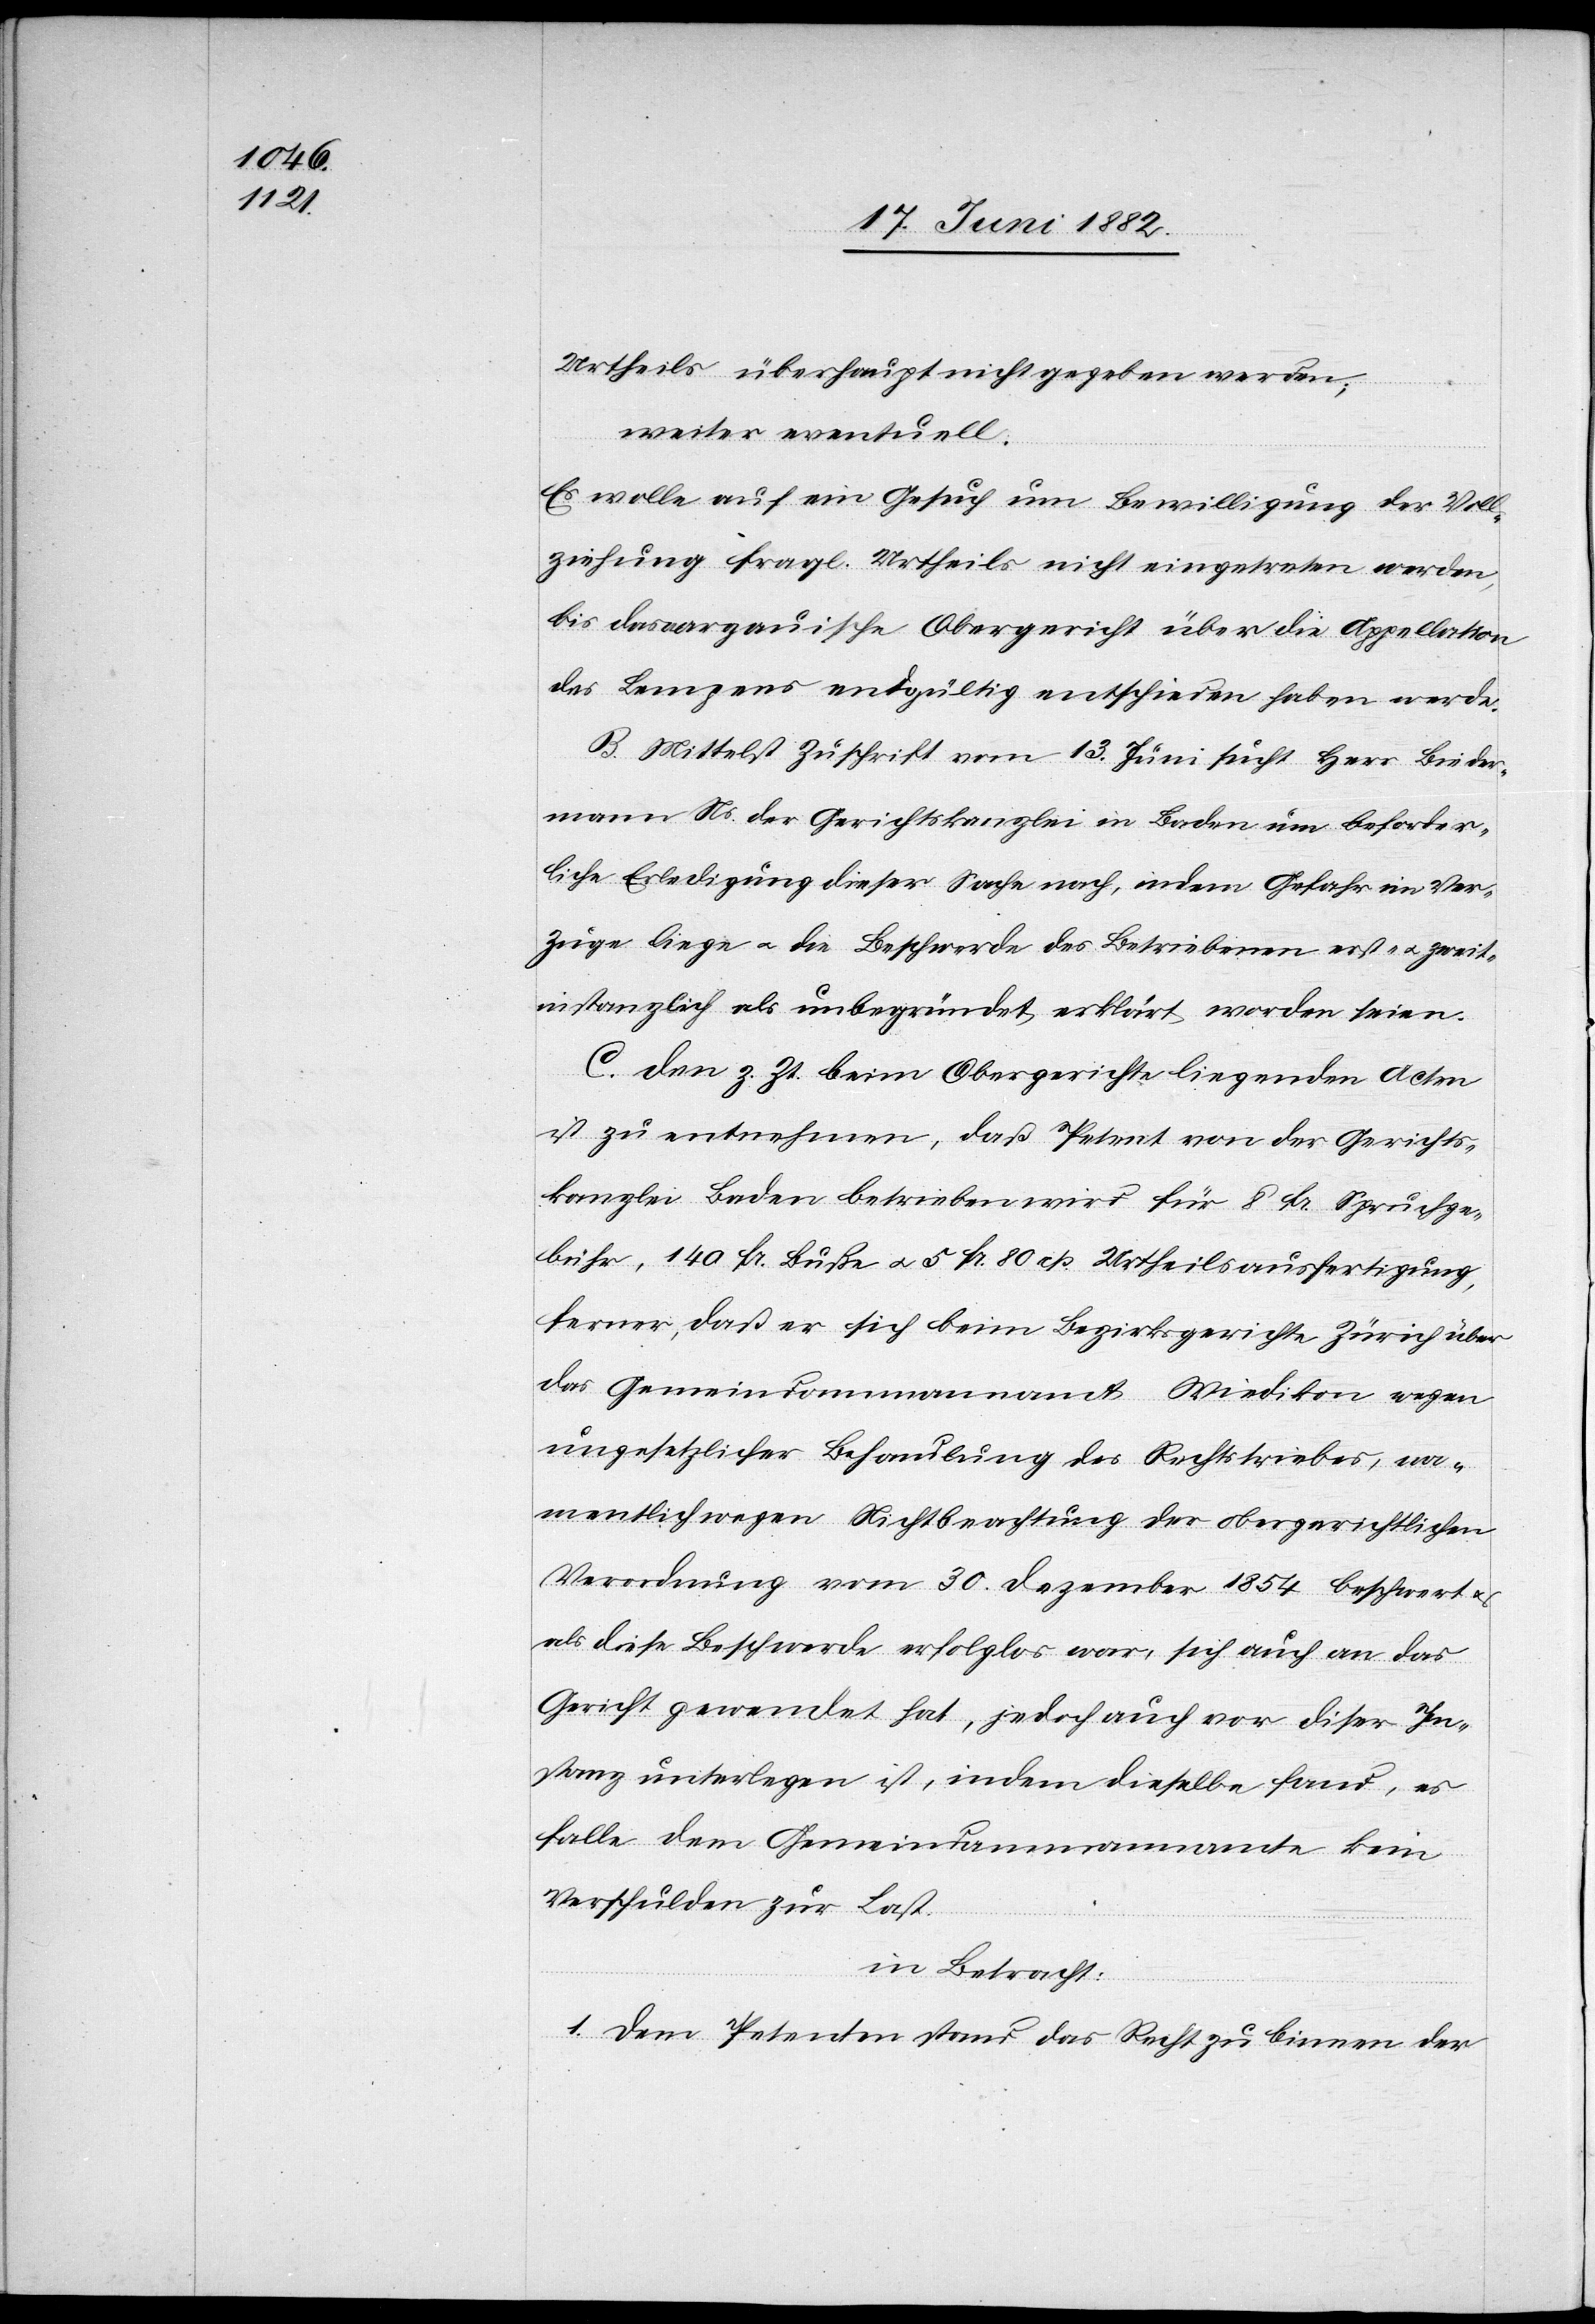
Urtheils überhaupt nicht gegeben werden;
weiter eventuell:
Es wolle auf ein Gesuch um Bewilligung der Voll¬
ziehung fragl. Urtheils nicht eingetreten werden,
bis das aargauische Obergericht über die Appellation
des Lempens endgültig entschieden haben werde.
B. Mittelst Zuschrift vom 13. Juni sucht Herr Bieder¬
mann Ns. der Gerichtskanzlei in Baden um beförder¬
liche Erledigung dieser Sache nach, indem Gefahr im Ver¬
zuge liege u. die Beschwerde[n] des Betriebenen erst- u. zweit¬
instanzlich als unbegründet erklärt worden seien.
C. Den z. Zt. beim Obergerichte liegenden Acten
ist zu entnehmen, daß Petent von der Gerichts¬
kanzlei Baden betrieben wird für 8 Fr. Spruchge¬
bühr, 140 Fr. Buße u. 5 Fr. 80 cts. Urtheilsausfertigung,
ferner, daß er sich beim Bezirksgerichte Zürich über
das Gemeindammannamt Wiedikon wegen
ungesetzlicher Behandlung des Rechtstriebes, na¬
mentlich wegen Nichtbeachtung der obergerichtlichen
Verordnung vom 30. Dezember 1854 beschwert u.
als diese Beschwerde erfolglos war, sich auch an das
Gericht gewendet hat, jedoch auch vor dieser In¬
stanz unterlegen ist, indem dieselbe fand, es
falle dem Gemeindammannamte kein
Verschulden zur Last.
in Betracht:
1. Dem Petenten stand das Recht zu binnen der